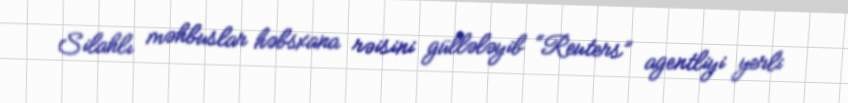
Silahlı məhbuslar həbsxana rəisini güllələyib “Reuters” agentliyi yerli